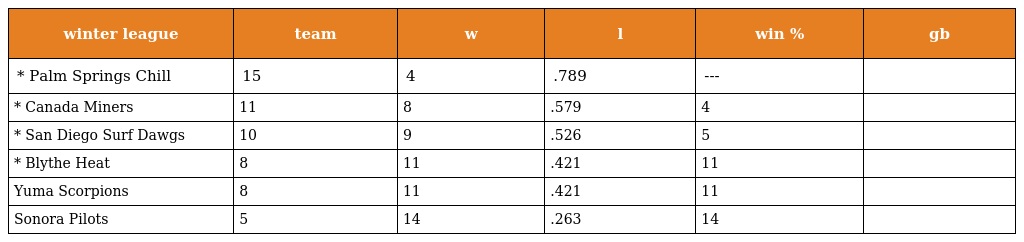
| winter league | team | w | l | win % | gb |
 | --- | --- | --- | --- | --- | --- |
 | * Palm Springs Chill | 15 | 4 | .789 | --- |  |
 | * Canada Miners | 11 | 8 | .579 | 4 |  |
 | * San Diego Surf Dawgs | 10 | 9 | .526 | 5 |  |
 | * Blythe Heat | 8 | 11 | .421 | 11 |  |
 | Yuma Scorpions | 8 | 11 | .421 | 11 |  |
 | Sonora Pilots | 5 | 14 | .263 | 14 |  |